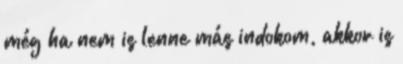
még ha nem is lenne más indokom, akkor is